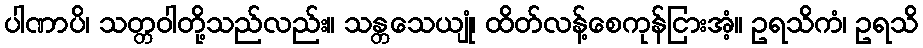
ပါဏာပိ၊ သတ္တဝါတို့သည်လည်း။ သန္တသေယျုံ၊ ထိတ်လန့်စေကုန်ငြားအံ့။ ဥရသိကံ၊ ဥရသိ